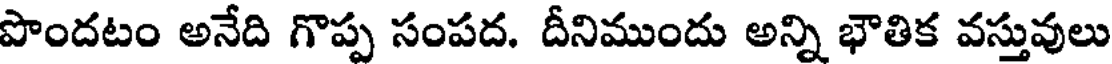
పొందటం అనేది గొప్ప సంపద. దీనిముందు అన్ని భౌతిక వస్తువులు